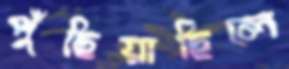
পুঁছিয়াছিলে